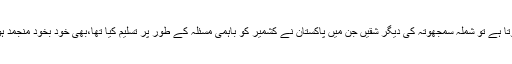
اگر ایسا ہوتا ہے تو شملہ سمجھوتہ کی دیگر شقیں جن میں پاکستان نے کشمیر کو باہمی مسئلہ کے طور پر تسلیم کیا تھا،بھی خود بخود منجمد ہوجاتی ہیں۔